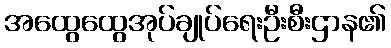
အထွေထွေအုပ်ချုပ်ရေးဦးစီးဌာန၏